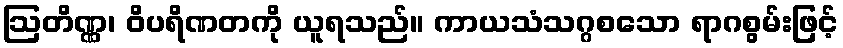
ဩတိဏ္ဏ၊ ဝိပရိဏတကို ယူရသည်။ ကာယသံသဂ္ဂစသော ရာဂစွမ်းဖြင့်